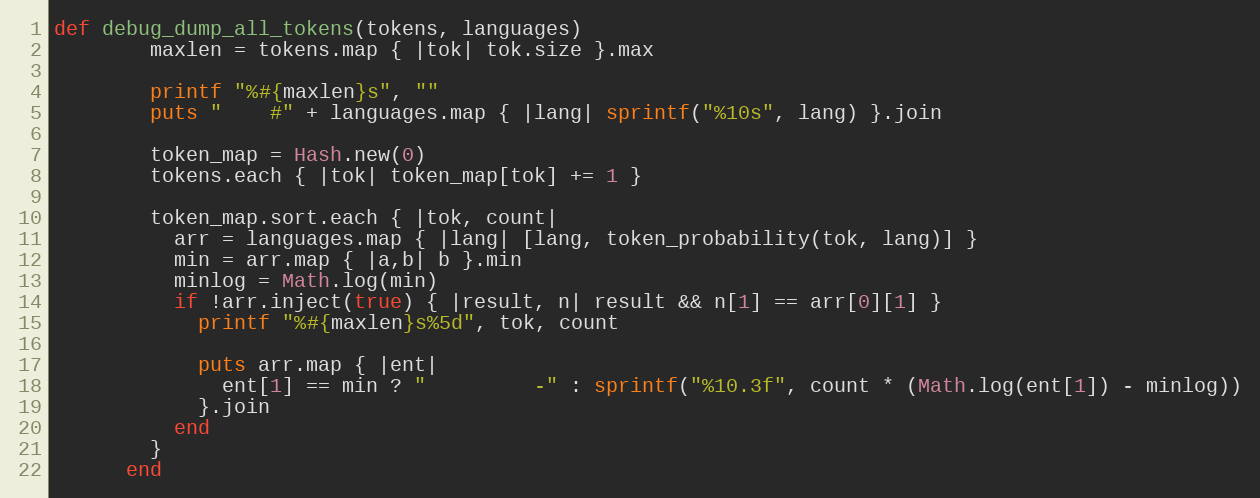
Language: Ruby
def debug_dump_all_tokens(tokens, languages)
        maxlen = tokens.map { |tok| tok.size }.max

        printf "%#{maxlen}s", ""
        puts "    #" + languages.map { |lang| sprintf("%10s", lang) }.join

        token_map = Hash.new(0)
        tokens.each { |tok| token_map[tok] += 1 }

        token_map.sort.each { |tok, count|
          arr = languages.map { |lang| [lang, token_probability(tok, lang)] }
          min = arr.map { |a,b| b }.min
          minlog = Math.log(min)
          if !arr.inject(true) { |result, n| result && n[1] == arr[0][1] }
            printf "%#{maxlen}s%5d", tok, count

            puts arr.map { |ent|
              ent[1] == min ? "         -" : sprintf("%10.3f", count * (Math.log(ent[1]) - minlog))
            }.join
          end
        }
      end